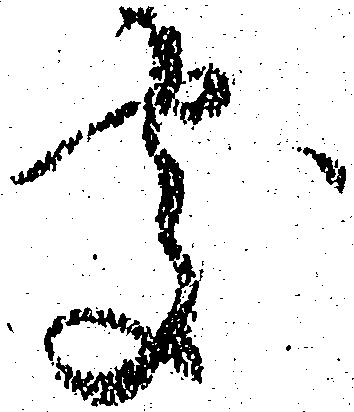
處